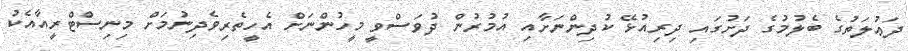
ދަޢުލަތުގެ ބެލުމުގެ ދަށުގައި ދިރިއުޅޭ ކުދިންނަށާއި އުމުރުން ދުވަސްވީ މީހުންނަށް އެހީތެރިވެދިނުމަށް މިނިސްޓްރީއާއެކު